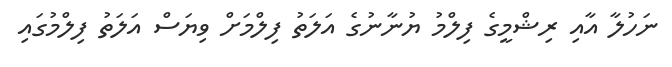
ނަހުލާ އާއި ރިޝްމީގެ ފިލްމު ޔުނާނުގެ އަލަތު ފިލްމަށް ވިޔަސް އަލަތު ފިލްމުގައި